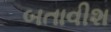
બતાવીશ